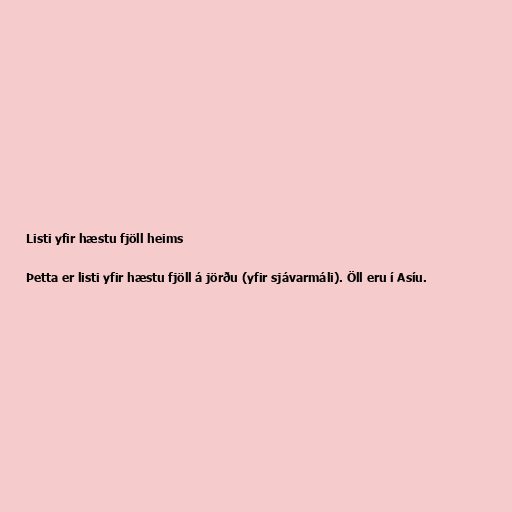
Listi yfir hæstu fjöll heims

Þetta er listi yfir hæstu fjöll á jörðu (yfir sjávarmáli). Öll eru í Asíu.